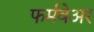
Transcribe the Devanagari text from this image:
फर्मवेअर